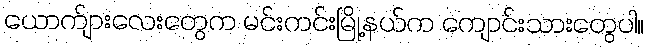
ယောက်ျားလေးတွေက မင်းကင်းမြို့နယ်က ကျောင်းသားတွေပါ။